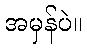
အမှန်ပဲ။